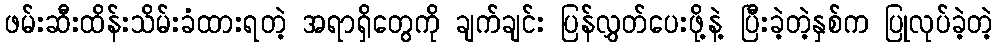
ဖမ်းဆီးထိန်းသိမ်းခံထားရတဲ့ အရာရှိတွေကို ချက်ချင်း ပြန်လွှတ်ပေးဖို့နဲ့ ပြီးခဲ့တဲ့နှစ်က ပြုလုပ်ခဲ့တဲ့